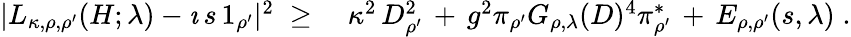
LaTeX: \begin{array}{rl}{|L_{\kappa,\rho,\rho^{\prime}}(H;\lambda)-\imath\, s\, 1_{\rho^{\prime}}|^{2}\; \geq\; }&{\kappa^{2}\, D_{\rho^{\prime}}^{2}\, +\, g^{2}\pi_{\rho^{\prime}}G_{\rho,\lambda}(D)^{4}\pi_{\rho^{\prime}}^{*}\, +\, E_{\rho,\rho^{\prime}}(s,\lambda)\; .}\end{array}